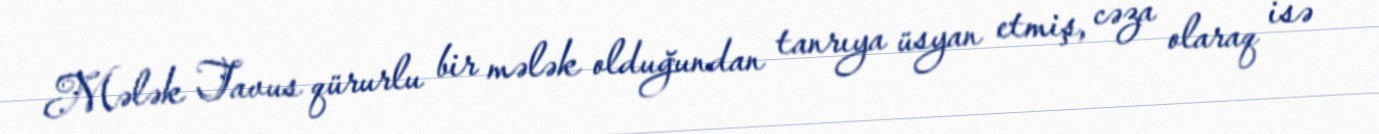
Mələk Tavus qürurlu bir mələk olduğundan tanrıya üsyan etmiş, cəza olaraq isə